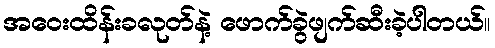
အဝေးထိန်းခလုတ်နဲ့ ဖောက်ခွဲဖျက်ဆီးခဲ့ပါတယ်။